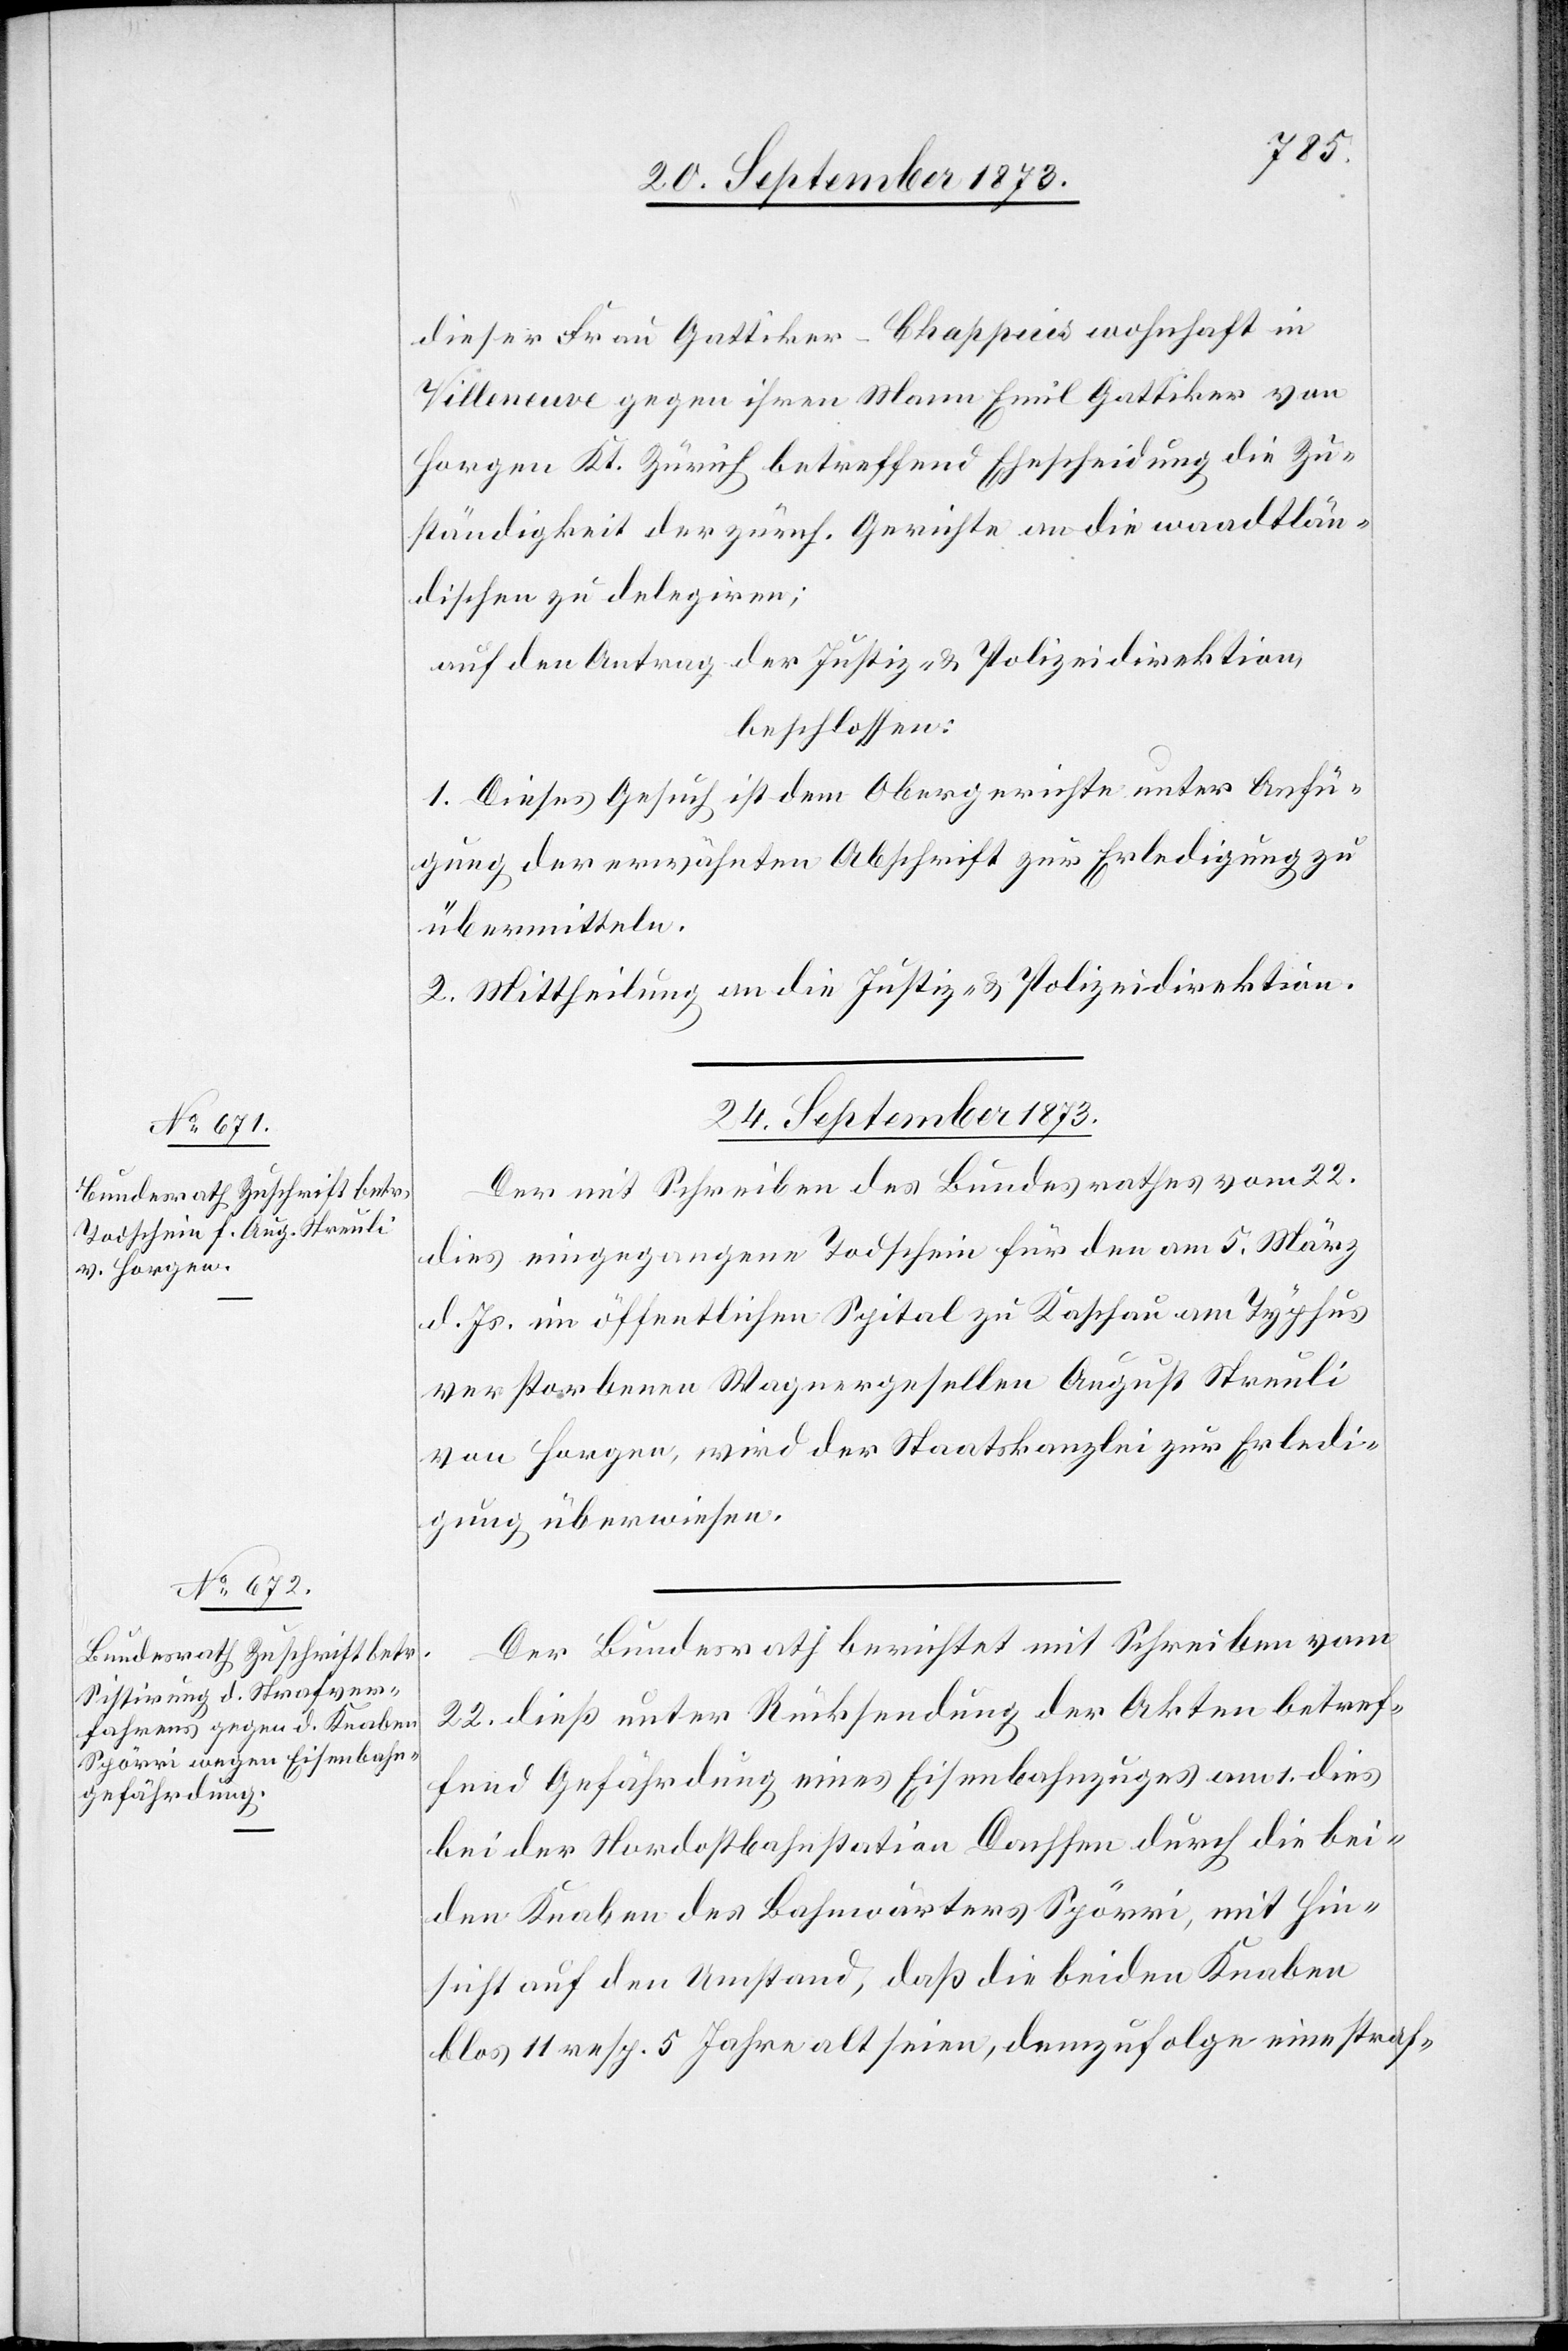
dieser Frau Gattiker-Chappuis wohnhaft in
Villeneuve gegen ihren Mann Emil Gattiker von
Horgen Kt. Zürich betreffend Ehescheidung die Zu¬
ständigkeit der zürch. Gerichte an die waadtlän¬
dischen zu delegiren;
auf den Antrag der Justiz- & Polizeidirektion,
beschlossen:
1. Dieses Gesuch ist dem Obergerichte unter Anfü¬
gung der erwähnten Abschrift zur Erledigung zu
übermitteln.
2. Mittheilung an die Justiz- & Polizeidirektion.
24. September 1873.]
Der mit Schreiben des Bundesrathes vom 22.
dies eingegangene Todschein für den am 5. März
d. Js. im öffentlichen Spital zu Kaschau am Typhus
verstorbenen Wagnergesellen August Streuli
von Horgen, wird der Staatskanzlei zur Erledi¬
gung überwiesen.
Der Bundesrath berichtet mit Schreiben vom
22. dieß unter Rücksendung der Akten betref¬
fend Gefährdung eines Eisenbahnzuges am 1. dies
bei der Nordostbahnstation Dachsen durch die bei¬
den Knaben des Bahnwärters Spörri, mit Hin¬
sicht auf den Umstand, daß die beiden Knaben
blos 11 resp. 5 Jahre alt seien, demzufolge eine straf-